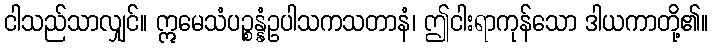
ငါသည်သာလျှင်။ ဣမေသံပဉ္စန္နံဥပါသကသတာနံ၊ ဤငါးရာကုန်သော ဒါယကာတို့၏။